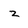
Character: z